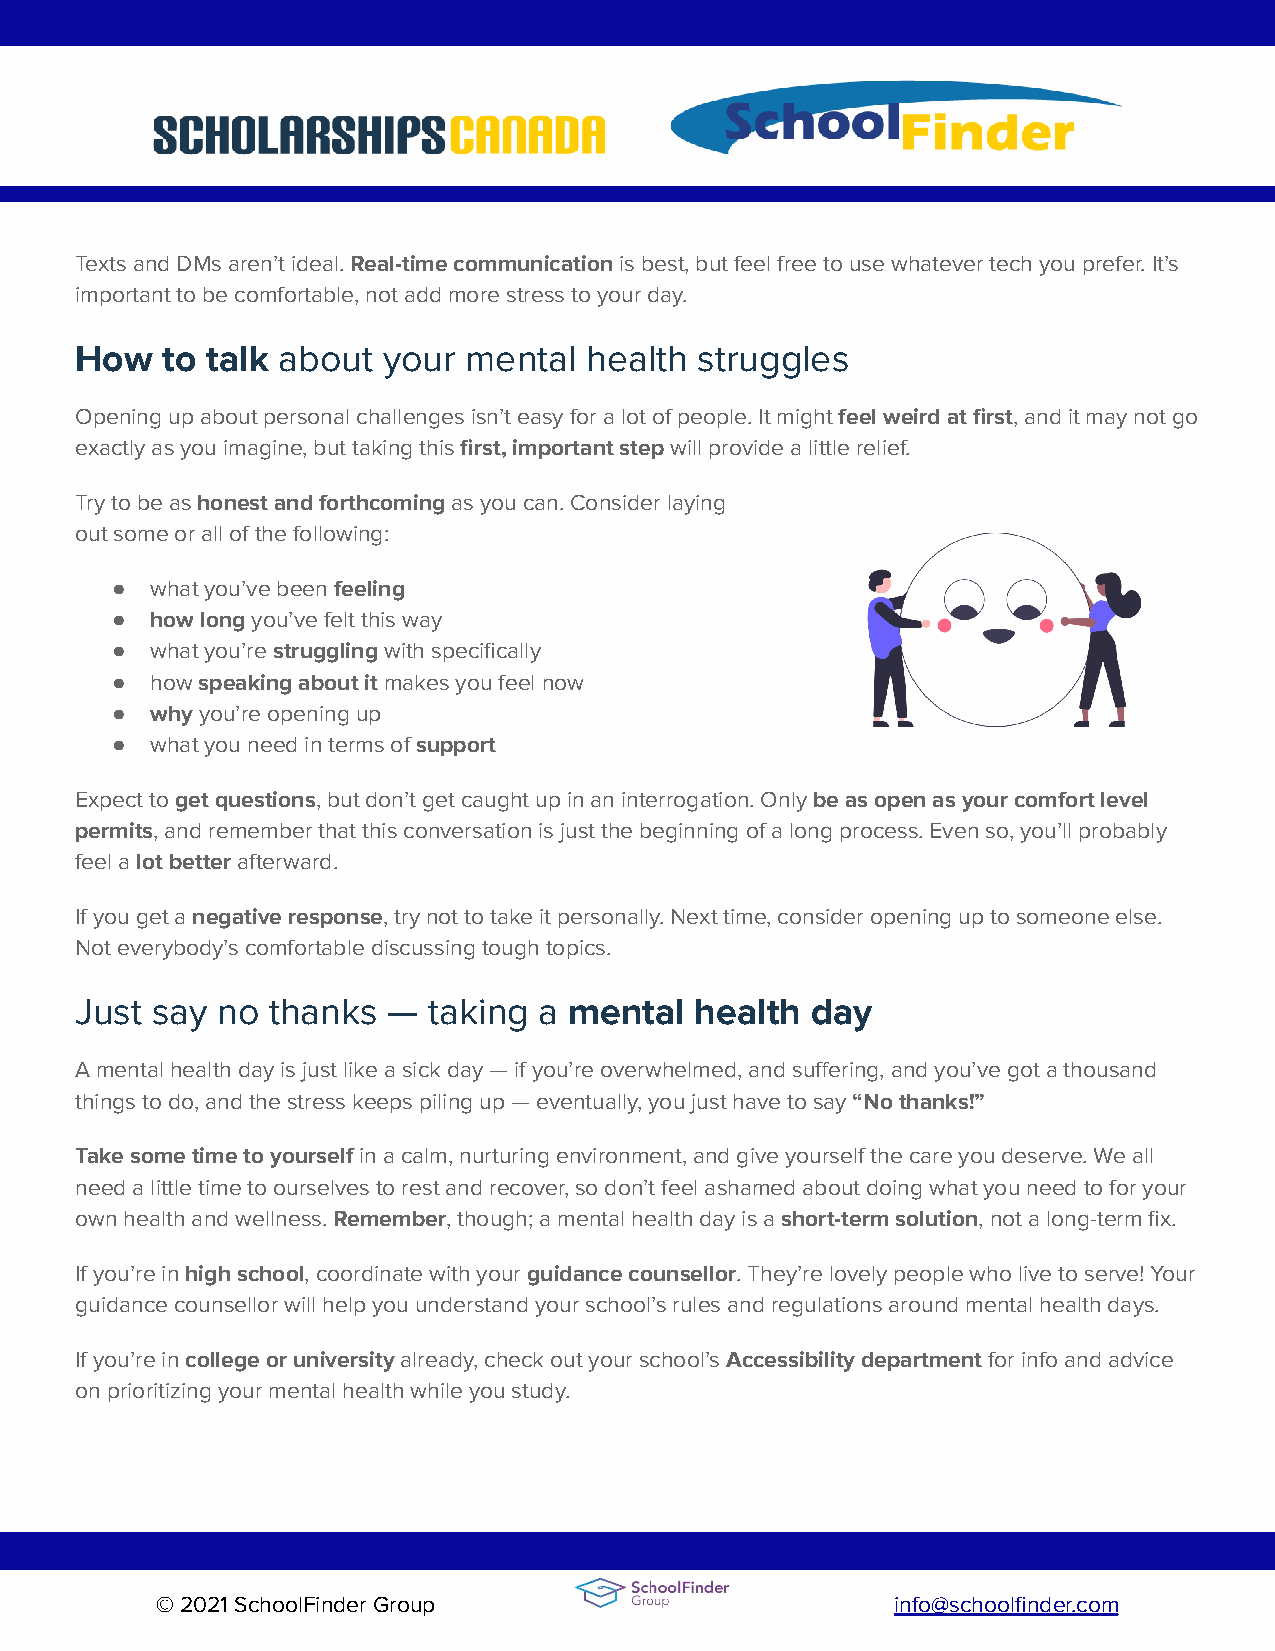
Texts and DMs aren’t ideal.Real-time communicationis best, but feel free to use whatever tech youprefer. It’s
 important to be comfortable, not add more stress to your day.
 How   to talk about your  mental  health struggles
 Opening up about personal challenges isn’t easy for a lot of people. It mightfeel weird at first, andit may not go
 exactly as you imagine, but taking thisfirst, importantstepwill provide a little relief.
 Try to be ashonest and forthcomingas you can. Considerlaying
 out some or all of the following:
 ●  what you’ve beenfeeling
 ●  how longyou’ve felt this way
 ●  what you’restrugglingwith specifically
 ●  howspeaking about itmakes you feel now
 ●  whyyou’re opening up
 ●  what you need in terms ofsupport
 Expect toget questions, but don’t get caught up inan interrogation. Onlybe as open as your comfortlevel
 permits, and remember that this conversation is justthe beginning of a long process. Even so, you’ll probably
 feel alot betterafterward.
 If you get anegative response, try not to take itpersonally. Next time, consider opening up to someone else.
 Not everybody’s comfortable discussing tough topics.
 Just say no  thanks  — taking  a mental  health  day
 A mental health day is just like a sick day — if you’re overwhelmed, and suffering, and you’ve got a thousand
 things to do, and the stress keeps piling up — eventually, you just have to say“No thanks!”
 Take some time to yourselfin a calm, nurturing environment,and give yourself the care you deserve. We all
 need a little time to ourselves to rest and recover, so don’t feel ashamed about doing what you need to for your
 own health and wellness.Remember, though; a mentalhealth day is ashort-term solution, not a long-termfix.
 If you’re inhigh school, coordinate with yourguidancecounsellor. They’re lovely people who live to serve!Your
 guidance counsellor will help you understand your school’s rules and regulations around mental health days.
 If you’re incollege or universityalready, checkout your school’sAccessibility departmentfor infoand advice
 on prioritizing your mental health while you study.
 © 2021 SchoolFinder Group                        info@schoolfinder.com